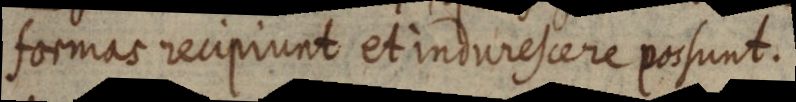
formas recipiunt et indurescere possunt.